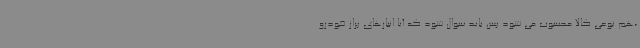
،هم نوعی کالا محسوب می شود پس باید سوال شود که آیا انبارهای پراز خودرو